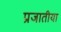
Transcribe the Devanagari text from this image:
प्रजातीया